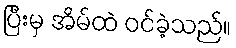
ပြီးမှ အိမ်ထဲ ဝင်ခဲ့သည်။